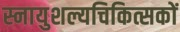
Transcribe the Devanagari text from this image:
स्नायुशल्यचिकित्सकों